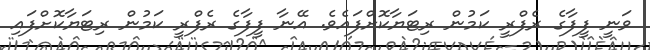
ވަނީ ފީފާގެ ރެފްރީ ކަމުން ރިޓަޔާކޮށްފައެވެ. އޭނާ ފީފާގެ ރެފްރީ ކަމުން ރިޓަޔާކޮށްފައި